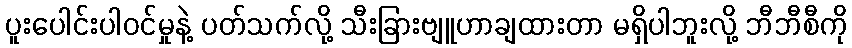
ပူးပေါင်းပါဝင်မှုနဲ့ ပတ်သက်လို့ သီးခြားဗျူဟာချထားတာ မရှိပါဘူးလို့ ဘီဘီစီကို